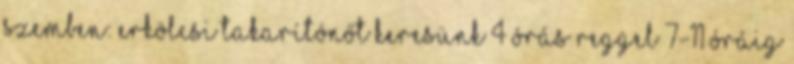
szemben: erkölcsi Takarítónőt keresünk 4 órás reggel 7-11 óráig